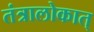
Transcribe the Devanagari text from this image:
तंत्रालोकात्